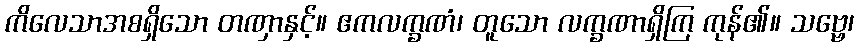
ကိလေသာအစရှိသော တဏှာနှင့်။ ဧကလက္ခဏံ၊ တူသော လက္ခဏာရှိကြ ကုန်၏။ သဗ္ဗေ၊